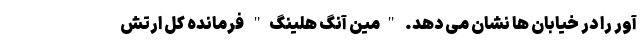
آور را در خیابان ها نشان می دهد. "مین آنگ هلینگ" فرمانده کل ارتش